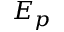
E _ { p }